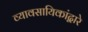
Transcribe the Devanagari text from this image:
व्यावसायिकांद्वारे